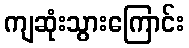
ကျဆုံးသွားကြောင်း